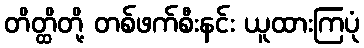
တိတ္ထိတို့ တစ်ဖက်စီးနင်း ယူထားကြပုံ